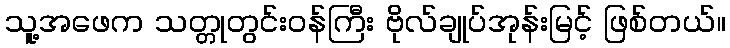
သူ့အဖေက သတ္တုတွင်းဝန်ကြီး ဗိုလ်ချုပ်အုန်းမြင့် ဖြစ်တယ်။